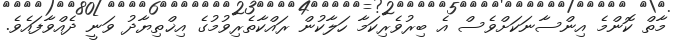
މާތް ކޮންމެ އިންސާނަކަށްވެސް އެ ބިރުވެރިކަމާ ހަލާކުން ރައްކާތެރިވުމުގެ އިޚްތިޔާދު ވަނީ ދެއްވާފައެވެ.